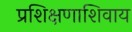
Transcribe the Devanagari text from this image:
प्रशिक्षणाशिवाय